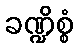
ခဏ္ဍိစ္စံ